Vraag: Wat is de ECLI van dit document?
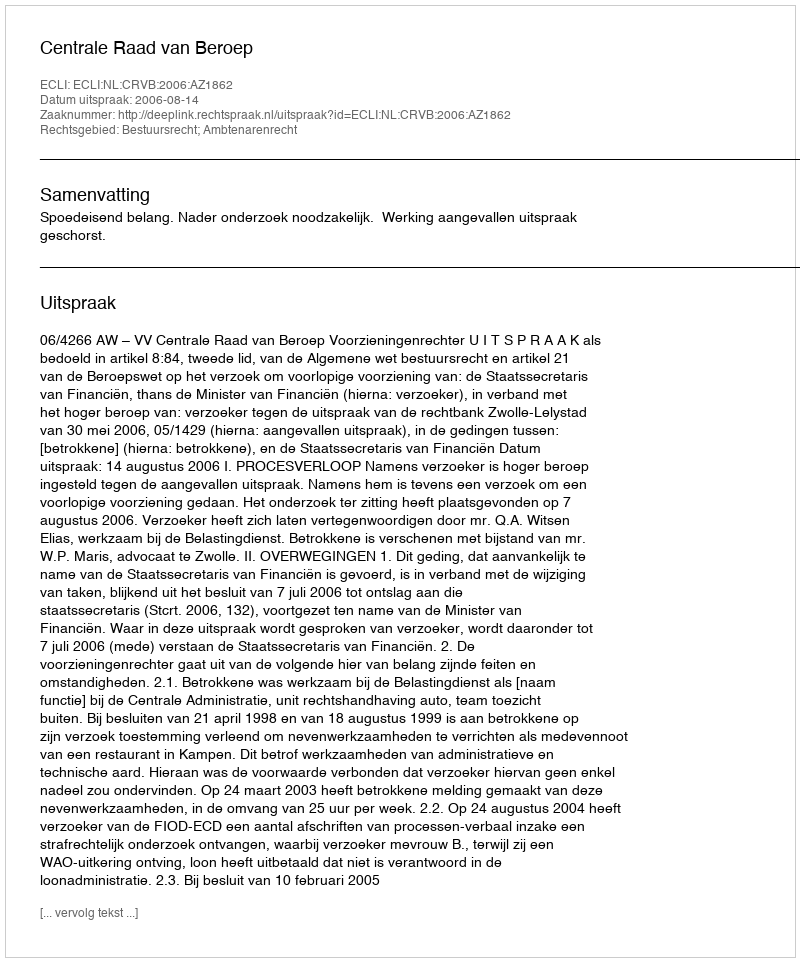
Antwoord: ECLI:NL:CRVB:2006:AZ1862